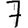
Digit: 7